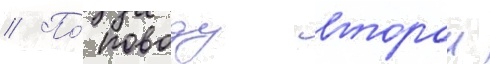
// По́ поводу второи